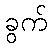
ခွက်